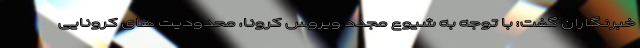
خبرنگاران گفت: با توجه به شیوع مجدد ویروس کرونا، محدودیت های کرونایی